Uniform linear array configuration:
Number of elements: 16
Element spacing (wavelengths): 0.75
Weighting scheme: hamming
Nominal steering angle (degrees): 60
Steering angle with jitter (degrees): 61.7
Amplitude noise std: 0.05
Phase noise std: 0.05

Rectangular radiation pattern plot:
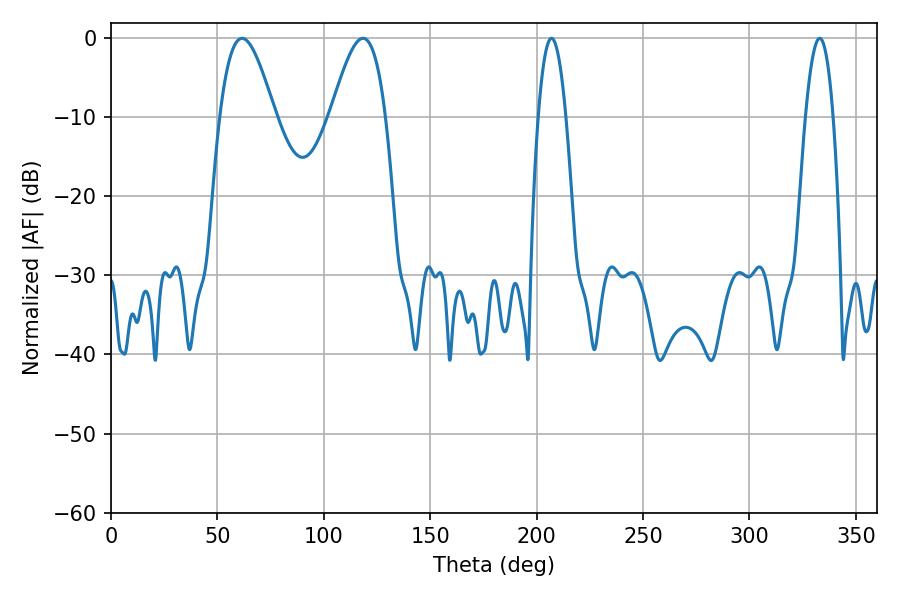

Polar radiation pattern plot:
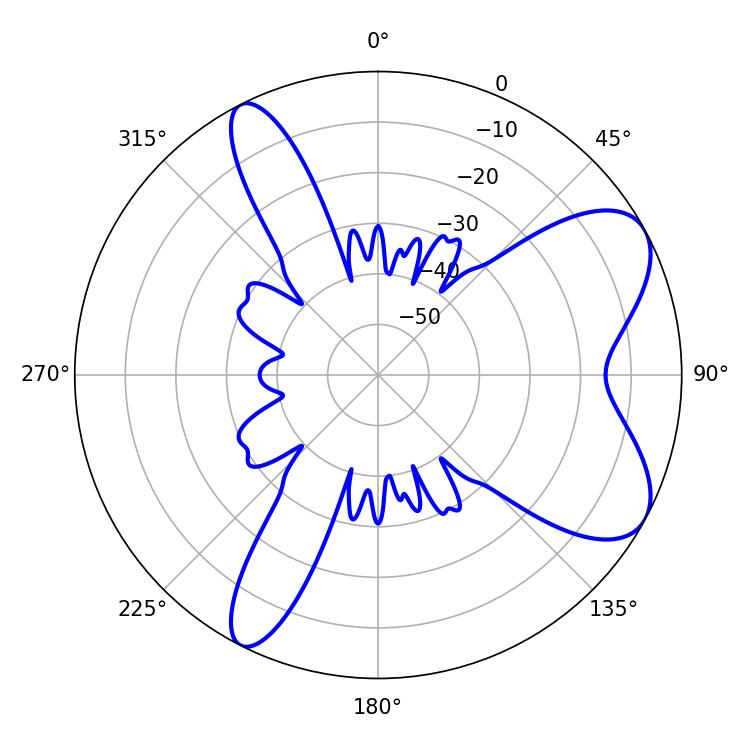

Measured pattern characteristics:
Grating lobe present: TRUE
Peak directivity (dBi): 7.437
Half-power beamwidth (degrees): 7.02
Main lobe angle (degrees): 207